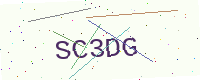
Text: SC3DG